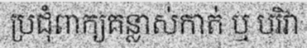
ប្រជុំពាក្យគន្លាស់កាត់ ឬ បរិវា